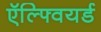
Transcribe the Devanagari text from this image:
ऍल्फ्वियर्ड